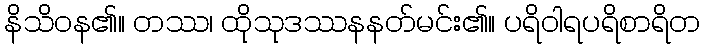
နိသိဝန၏။ တဿ၊ ထိုသုဒဿနနတ်မင်း၏။ ပရိဝါရပရိစာရိတ